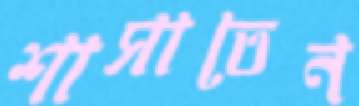
শাসাতেন